Vaccination North-Western Provinces 1866-1877 - 1866-1877
Year: 1866
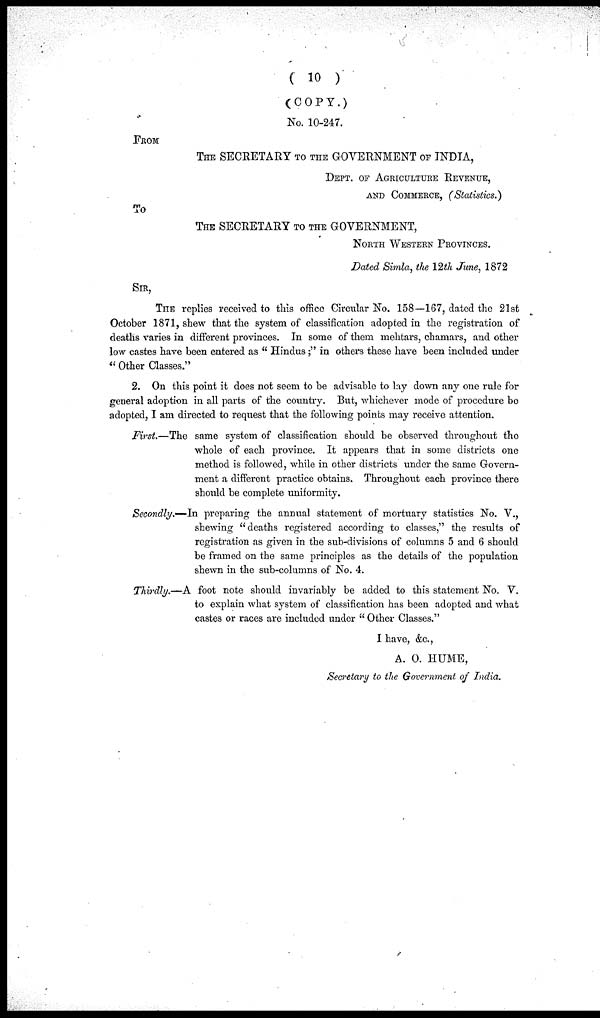
( 10 )
(COPY.)
No. 10-247.
FROM
THE SECRETARY TO THE GOVERNMENT OF INDIA,
DEPT. OF AGRICULTURE REVENUE,
AND COMMERCE, (Statistics.)
TO
THE SECRETARY TO THE GOVERNMENT,
NORTH WESTERN PROVINCES.
Dated Simla, the 12th June, 1872
SIR,
THE replies received to this office Circular No. 158—167, dated the 21st
October 1871, shew that the system of classification adopted in the registration of
leaths varies in different provinces. In some of them mehtars, chamars, and other
ow castes have been entered as " Hindus;" in others these have been included under
' Other Classes."
2. On this point it does not seem to be advisable to lay down any one rule for
general adoption in all parts of the country. But, whichever mode of procedure be
adopted, I am directed to request that the following points may receive attention.
First.—The same system of classification should be observed throughout the
whole of each province. It appears that in some districts one
method is followed, while in other districts under the same Govern-
ment a different practice obtains. Throughout each province there
should be complete uniformity.
Secondly.—In preparing the annual statement of mortuary statistics No. V.,
shewing "deaths registered according to classes," the results of
registration as given in the sub-divisions of columns 5 and 6 should
be framed on the same principles as the details of the population
shewn in the sub-columns of No. 4.
Thirdly.—A foot note should invariably be added to this statement No. V.
to explain what system of classification has been adopted and what
castes or races are included under " Other Classes."
I have, &c.,
A. O. HUME,
Secretary to the Government of India.